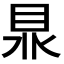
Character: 𥅀